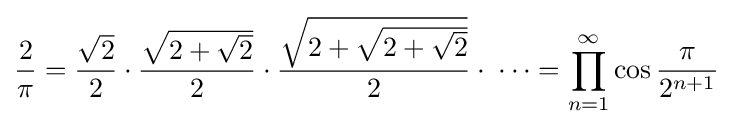
{\frac {2}{\pi }}={\frac {\sqrt {2}}{2}}\cdot {\frac {\sqrt {2+{\sqrt {2}}}}{2}}\cdot {\frac {\sqrt {2+{\sqrt {2+{\sqrt {2}}}}}}{2}}\cdot \;\cdots =\prod _{n=1}^{\infty }\cos {\frac {\pi }{2^{n+1}}}